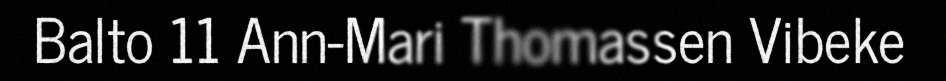
Balto 11 Ann-Mari Thomassen Vibeke